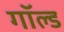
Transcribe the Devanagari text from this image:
गॉल्ड